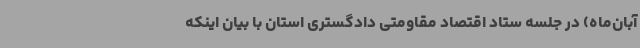
آبان‌ماه) در جلسه ستاد اقتصاد مقاومتی دادگستری استان با بیان اینکه